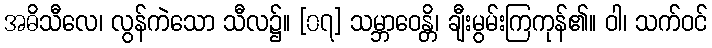
အဓိသီလေ၊ လွန်ကဲသော သီလ၌။ [၀၇] သမ္ဘာဝေန္တိ၊ ချီးမွမ်းကြကုန်၏။ ဝါ၊ သက်ဝင်